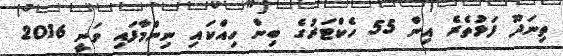
ތިނަދޫ ފަޅުތެރެ އިން 55 ހެކްޓަރުގެ ބިން ހިއްކައި ނިންމާފައި ވަނީ 2016